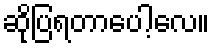
ဆိုပြရတာပေါ့လေ။